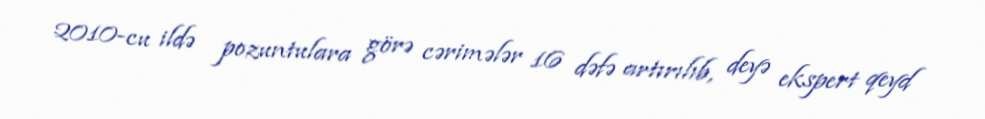
2010-cu ildə pozuntulara görə cərimələr 16 dəfə artırılıb, deyə ekspert qeyd